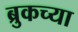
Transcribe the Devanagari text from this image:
ब्रुकच्या